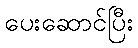
ပေးဆောင်ပြီး